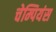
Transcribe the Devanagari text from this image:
चेम्पियंस